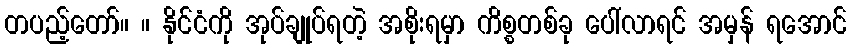
တပည့်တော်။ ။ နိုင်ငံကို အုပ်ချုပ်ရတဲ့ အစိုးရမှာ ကိစ္စတစ်ခု ပေါ်လာရင် အမှန် ရအောင်